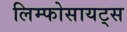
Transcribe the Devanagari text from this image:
लिम्फोसायट्स